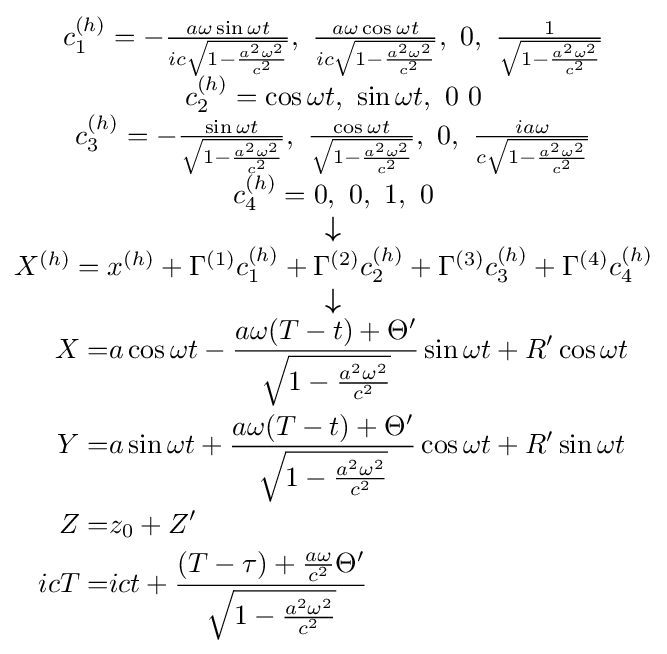
\scriptstyle {\begin{matrix}{\begin{matrix}c_{1}^{(h)}=-{\frac {a\omega \sin \omega t}{ic{\sqrt {1-{\frac {a^{2}\omega ^{2}}{c^{2}}}}}}},\ {\frac {a\omega \cos \omega t}{ic{\sqrt {1-{\frac {a^{2}\omega ^{2}}{c^{2}}}}}}},\ 0,\ {\frac {1}{\sqrt {1-{\frac {a^{2}\omega ^{2}}{c^{2}}}}}}\\c_{2}^{(h)}=\cos \omega t,\ \sin \omega t,\ 0\ 0\\c_{3}^{(h)}=-{\frac {\sin \omega t}{\sqrt {1-{\frac {a^{2}\omega ^{2}}{c^{2}}}}}},\ {\frac {\cos \omega t}{\sqrt {1-{\frac {a^{2}\omega ^{2}}{c^{2}}}}}},\ 0,\ {\frac {ia\omega }{c{\sqrt {1-{\frac {a^{2}\omega ^{2}}{c^{2}}}}}}}\\c_{4}^{(h)}=0,\ 0,\ 1,\ 0\end{matrix}}\\{\boldsymbol {\downarrow }}\\{X^{(h)}=x^{(h)}+\Gamma ^{(1)}c_{1}^{(h)}+\Gamma ^{(2)}c_{2}^{(h)}+\Gamma ^{(3)}c_{3}^{(h)}+\Gamma ^{(4)}c_{4}^{(h)}}\\{\boldsymbol {\downarrow }}\\{\begin{aligned}X=&a\cos \omega t-{\frac {a\omega (T-t)+\Theta '}{\sqrt {1-{\frac {a^{2}\omega ^{2}}{c^{2}}}}}}\sin \omega t+R'\cos \omega t\\Y=&a\sin \omega t+{\frac {a\omega (T-t)+\Theta '}{\sqrt {1-{\frac {a^{2}\omega ^{2}}{c^{2}}}}}}\cos \omega t+R'\sin \omega t\\Z=&z_{0}+Z'\\icT=&ict+{\frac {(T-\tau )+{\frac {a\omega }{c^{2}}}\Theta '}{\sqrt {1-{\frac {a^{2}\omega ^{2}}{c^{2}}}}}}\end{aligned}}\end{matrix}}